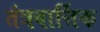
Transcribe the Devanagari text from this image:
तंत्रवार्त्तिक